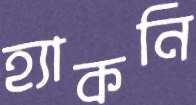
হ্যাকনি